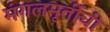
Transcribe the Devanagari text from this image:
मंगलमूर्तीची